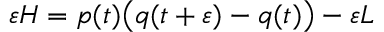
\varepsilon H = p ( t ) { \big ( } q ( t + \varepsilon ) - q ( t ) { \big ) } - \varepsilon L